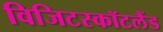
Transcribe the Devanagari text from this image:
विजिटस्कॉटलैंड